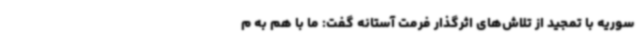
سوریه با تمجید از تلاش‌های اثرگذار فرمت آستانه گفت: ما با هم به م